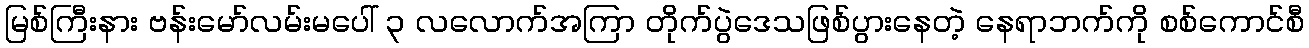
မြစ်ကြီးနား ဗန်းမော်လမ်းမပေါ် ၃ လလောက်အကြာ တိုက်ပွဲဒေသဖြစ်ပွားနေတဲ့ နေရာဘက်ကို စစ်ကောင်စီ